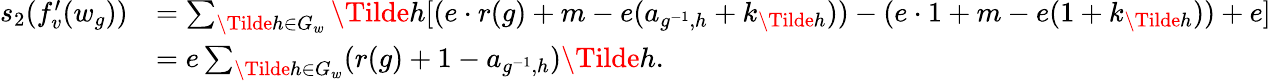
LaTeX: \begin{array}{rl}{s_{2}(f_{v}^{\prime}(w_{g}))}&{=\sum_{\Tilde{h}\in G_{w}}\Tilde{h}[(e\cdot r(g)+m-e(a_{g^{-1},h}+k_{\Tilde{h}}))-(e\cdot 1+m-e(1+k_{\Tilde{h}}))+e]}\\ &{=e\sum_{\Tilde{h}\in G_{w}}(r(g)+1-a_{g^{-1},h})\Tilde{h}.}\end{array}